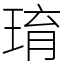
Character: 㻙